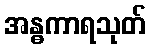
အန္ဓကာရသုတ်